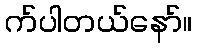
က်ပါတယ်နော်။